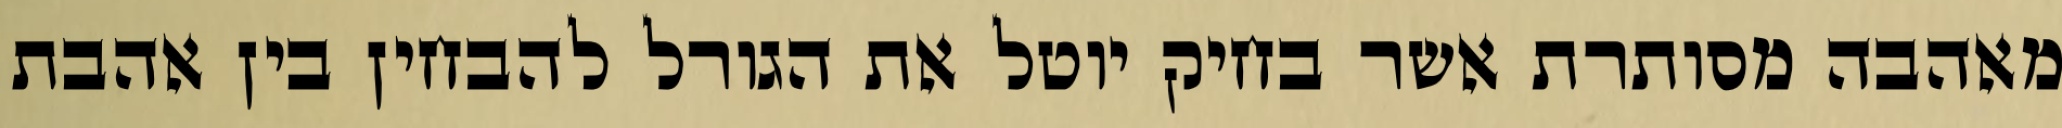
מאהבה מסותרת אשר בחיק יוטל את הגורל להבחין בין אהבת